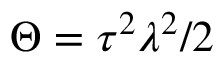
\Theta = \tau ^ { 2 } \lambda ^ { 2 } / 2